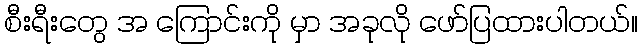
စီးရီးတွေ အ ကြောင်းကို မှာ အခုလို ဖော်ပြထားပါတယ်။